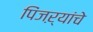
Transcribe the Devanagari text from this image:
पिंजऱ्यांचे